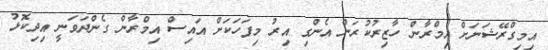
އިމިގްރޭޝަނަށް އިމްރާން ހާޒިރުކުރަން އެންގި އިރު މިފަހަކަށް އައިސް އިމްރާން ގެންދަވަނީ އިދިކޮޅު